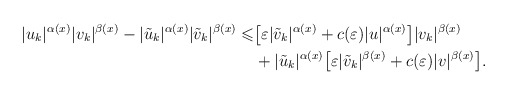
\begin{align*} |u_k|^{\alpha(x)}|v_k|^{\beta(x)} -|\tilde{u}_{k}|^{\alpha(x)}|\tilde{v}_{k}|^{\beta(x)} \leqslant &\big[\varepsilon|\tilde{v}_{k}|^{\alpha(x)}+ c(\varepsilon) |u|^{\alpha(x)}\big]|v_k|^{\beta(x)}\\&+ |\tilde{u}_{k}|^{\alpha(x)}\big[\varepsilon|\tilde{v}_{k}|^{\beta(x)}+c(\varepsilon)|v|^{\beta(x)}\big]. \end{align*}